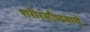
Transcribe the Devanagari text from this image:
शरीरसौष्ठवाचे